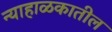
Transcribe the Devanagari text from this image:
न्याहाळकातील